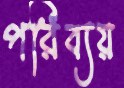
পরিব্যয়